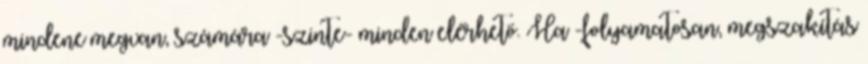
mindene megvan, számára -szinte- minden elérhető. Ha -folyamatosan, megszakítás